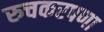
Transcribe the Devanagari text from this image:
रुचकरपणा